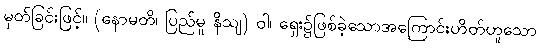
မှတ်ခြင်းဖြင့်။ (နောမတိ၊ ပြည်မူ နိသျ) ဝါ၊ ရှေး၌ဖြစ်ခဲ့သောအကြောင်းဟိတ်ဟူသော